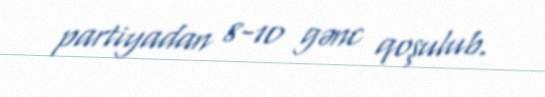
partiyadan 8-10 gənc qoşulub.